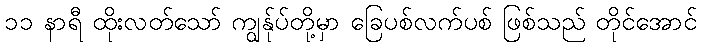
၁၁ နာရီ ထိုးလတ်သော် ကျွန်ုပ်တို့မှာ ခြေပစ်လက်ပစ် ဖြစ်သည် တိုင်အောင်